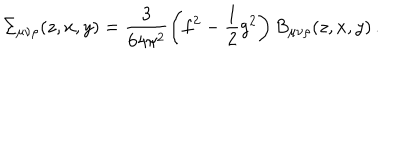
\Sigma _ { \mu \nu \rho } ( z , x , y ) = \frac { 3 } { 6 4 \pi ^ { 2 } } \left( f ^ { 2 } - \frac { 1 } { 2 } g ^ { 2 } \right) B _ { \mu \nu \rho } ( z , x , y ) \, .